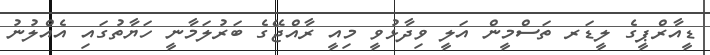
ޑީއާރްޕީގެ ލީޑަރ ތަސްމީން އަލީ ވިދާޅުވީ މިއީ ރާއްޖޭގެ ބަރުލަމާނީ ހަޔާތުގައި އެއްލުނު